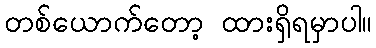
တစ်ယောက်တော့ ထားရှိရမှာပါ။